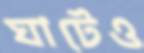
ঘাটেও